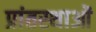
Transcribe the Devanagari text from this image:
प्रांतस्थाओं